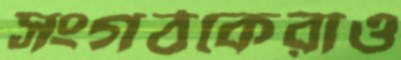
সংগঠকেরাও